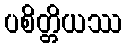
ပစိတ္တိယဿ